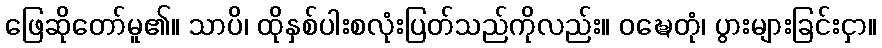
ဖြေဆိုတော်မူ၏။ သာပိ၊ ထိုနှစ်ပါးစလုံးပြတ်သည်ကိုလည်း။ ဝဍ္ဎေတုံ၊ ပွားများခြင်းငှာ။